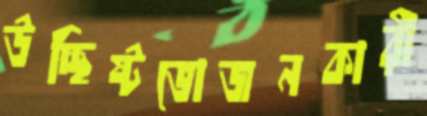
উচ্ছিষ্টভোজনকারী